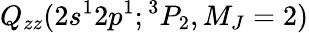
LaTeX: Q_{zz}(2s^{1}2p^{1};{^3P_{2},M_{J}=2})